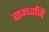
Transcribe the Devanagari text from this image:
वाग्ध्वनि